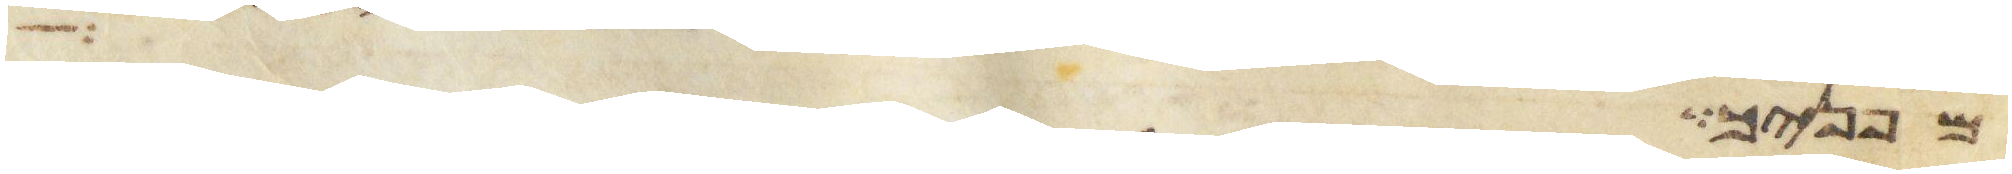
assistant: מפניך